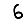
Digit: 6